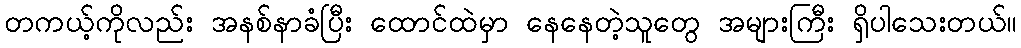
တကယ့်ကိုလည်း အနစ်နာခံပြီး ထောင်ထဲမှာ နေနေတဲ့သူတွေ အများကြီး ရှိပါသေးတယ်။